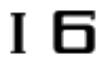
। 6